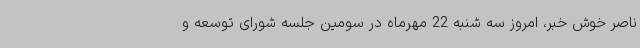
ناصر خوش خبر، امروز سه شنبه 22 مهرماه در سومین جلسه شورای توسعه و